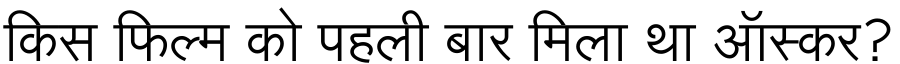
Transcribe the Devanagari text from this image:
किस फिल्म को पहली बार मिला था ऑस्कर?